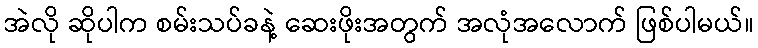
အဲလို ဆိုပါက စမ်းသပ်ခနဲ့ ဆေးဖိုးအတွက် အလုံအလောက် ဖြစ်ပါမယ်။